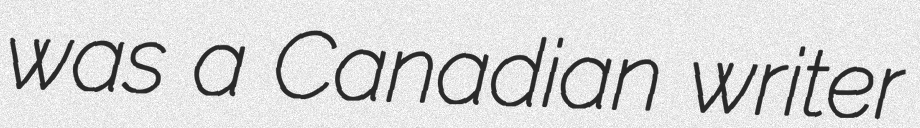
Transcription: was a Canadian writer